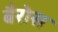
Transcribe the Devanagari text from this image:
बैरोस